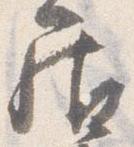
居